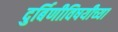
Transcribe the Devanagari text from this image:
दुर्बिणीविषयीच्या